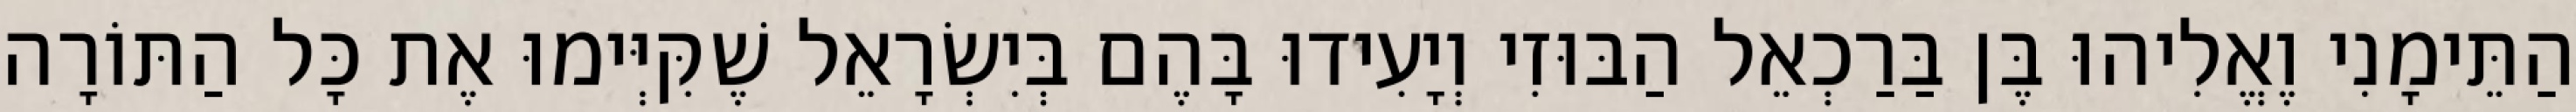
הַתֵּימָנִי וֶאֱלִיהוּ בֶּן בַּרַכְאֵל הַבּוּזִי וְיָעִידוּ בָּהֶם בְּיִשְׂרָאֵל שֶׁקִּיְּימוּ אֶת כָּל הַתּוֹרָה